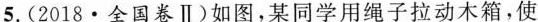
5.(2018\cdot全国卷Ⅱ)如图，某同学用绳子拉动木箱，使